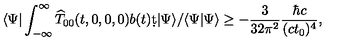
\langle \Psi | \int _ { - \infty } ^ { \infty } { \widehat T } _ { 0 0 } ( t , 0 , 0 , 0 ) b ( t ) \d t | \Psi \rangle / \langle \Psi | \Psi \rangle \geq - { \frac { 3 } { 3 2 \pi ^ { 2 } } } { \frac { \hbar c } { ( c t _ { 0 } ) ^ { 4 } } } ,